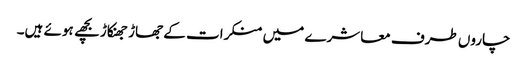
چاروں طرف معاشرے میں منکرات کے جھاڑ جھنکاڑ بچھے ہوئے ہیں۔